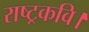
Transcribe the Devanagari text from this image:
राष्ट्रकवि।